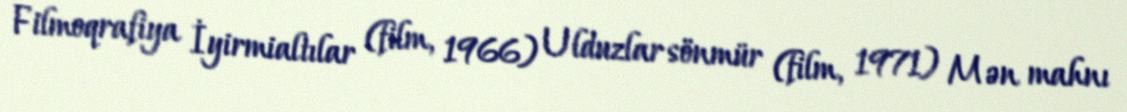
Filmoqrafiya İyirmialtılar (film, 1966) Ulduzlar sönmür (film, 1971) Mən mahnı